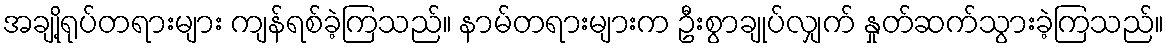
အချို့ရုပ်တရားများ ကျန်ရစ်ခဲ့ကြသည်။ နာမ်တရားများက ဦးစွာချုပ်လျှက် နှုတ်ဆက်သွားခဲ့ကြသည်။